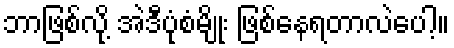
ဘာဖြစ်လို့ အဲဒီပုံစံမျိုး ဖြစ်နေရတာလဲပေါ့။